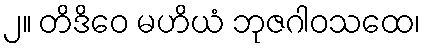
၂။ တိဒိဝေ မဟိယံ ဘုဇဂါဝသထေ၊